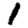
Digit: 1